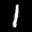
Label: 1